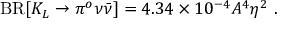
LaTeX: \mathrm { B R } [ K _ { L } \to \pi ^ { o } \nu \bar { \nu } ] = 4 . 3 4 \times 1 0 ^ { - 4 } A ^ { 4 } \eta ^ { 2 } ~ .